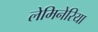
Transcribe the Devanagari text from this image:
लेमिनेरिया